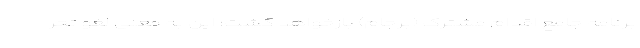
برنامه جامع اقدام مشترک (برجام) بازخواهد گشت؛ این به معنی لغو تحر